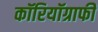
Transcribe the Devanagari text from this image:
कॉरियॉग्राफी